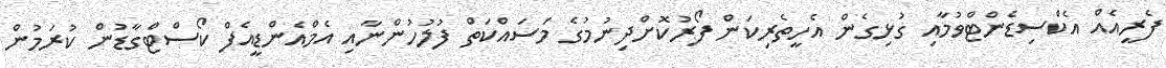
ފެރީއެއް އެކްސިޑެންޓްވުމާއި ގުޅިގެން އެހީތެރިކަން ފޯރުކޮށްދިނުމުގެ މަސައްކަތް ފުލުހުންނާއި އެމްއެންޑީއެފް ކޯސްޓްގާޑުން ކުރަމުން